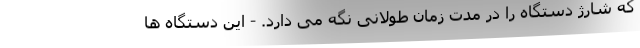
که شارژ دستگاه را در مدت زمان طولانی نگه می دارد. - این دستگاه ها